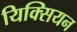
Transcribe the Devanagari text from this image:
यिक्सियन